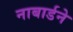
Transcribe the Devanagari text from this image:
नाबार्डने